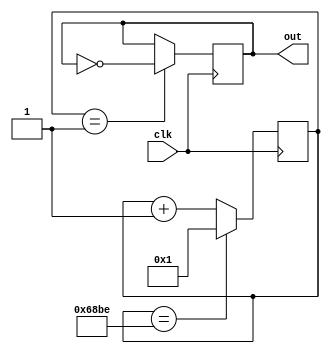
module A_Sharp (clk, out);
	input clk;
	output out;
	
reg[16:0] clkDivider = 26814;
reg[16:0] counter;

always @(posedge clk)
	if(counter == clkDivider)
		counter <= 1;
	else counter <= counter + 1;
	
reg out;
always @(posedge clk)
	if(counter == 1)
		out <= ~out;

endmodule